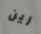
رين